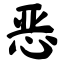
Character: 恶